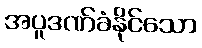
အပူဒဏ်ခံနိုင်သော